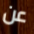
عن